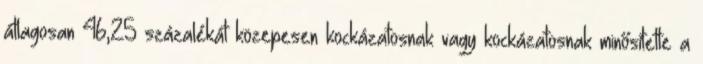
átlagosan 46,25 százalékát közepesen kockázatosnak vagy kockázatosnak minősítette a